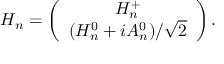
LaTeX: H _ { n } = \left( \begin{array} { c } { { H _ { n } ^ { + } } } \\ { { ( H _ { n } ^ { 0 } + i A _ { n } ^ { 0 } ) / \sqrt { 2 } } } \end{array} \right) .